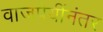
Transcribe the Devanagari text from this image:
वाजपेयींनंतर